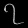
Digit: ၇